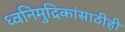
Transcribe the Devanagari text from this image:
ध्वनिमुद्रिकांसाठीही